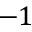
- 1